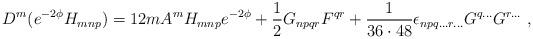
LaTeX: \begin{align*}D^m(e^{-2\phi}H_{mnp}) = 12mA^mH_{mnp}e^{-2\phi}+\frac{1}{2}G_{npqr}F^{qr}+{1\over 36\cdot 48}\epsilon_{npq...r...}G^{q...}G^{r...}\ ,\end{align*}